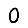
Digit: 0